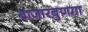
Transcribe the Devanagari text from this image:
बाजारबुणगा